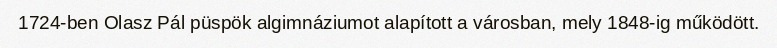
1724-ben Olasz Pál püspök algimnáziumot alapított a városban, mely 1848-ig működött.